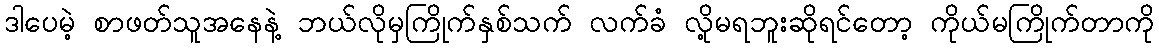
ဒါပေမဲ့ စာဖတ်သူအနေနဲ့ ဘယ်လိုမှကြိုက်နှစ်သက် လက်ခံ လို့မရဘူးဆိုရင်တော့ ကိုယ်မကြိုက်တာကို